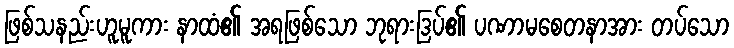
ဖြစ်သနည်းဟူမူကား နာထံ၏ အရဖြစ်သော ဘုရားဒြပ်၏ ပဏာမစေတနာအား တပ်သော